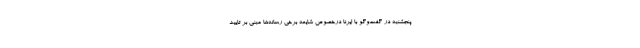
پنجشنبه در گفت‌وگو با ایرنا درخصوص شایعه برخی رسانه‌ها مبنی بر تایید